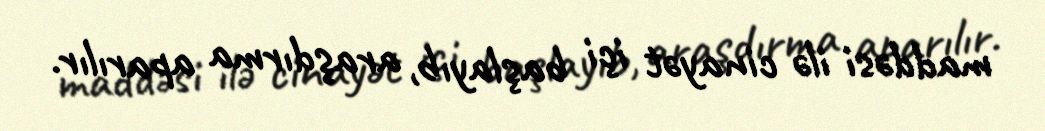
maddəsi ilə cinayət içi başlayıb, araşdırma aparılır.